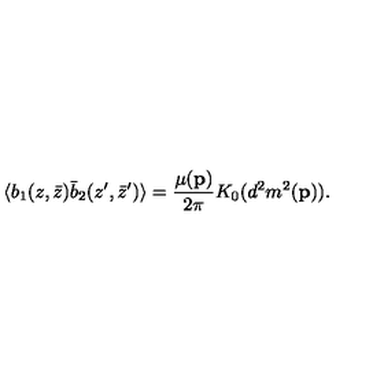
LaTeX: \langle b _ { 1 } ( z , \bar { z } ) \bar { b } _ { 2 } ( z ^ { \prime } , \bar { z } ^ { \prime } ) \rangle = { \frac { \mu ( { \bf p } ) } { 2 \pi } } K _ { 0 } ( d ^ { 2 } m ^ { 2 } ( { \bf p } ) ) .